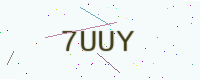
Text: 7UUY